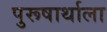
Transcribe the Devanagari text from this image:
पुरूषार्थाला